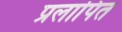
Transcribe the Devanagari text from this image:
प्रलापित